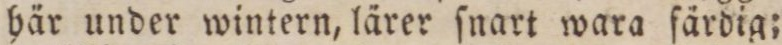
här under wintern, lärer ſnart wara färdig;